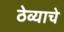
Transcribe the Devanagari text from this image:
ठेव्याचे